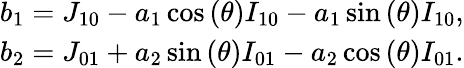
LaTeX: \begin{array}{c}{{b_{1}}={J_{10}}-{a_{1}}\cos\left(\theta\right){I_{10}}-{a_{1}}\sin\left(\theta\right){I_{10}},}\\ {{b_{2}}={J_{01}}+{a_{2}}\sin\left(\theta\right){I_{01}}-{a_{2}}\cos\left(\theta\right){I_{01}}.}\end{array}